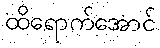
ထိရောက်အောင်